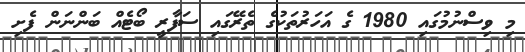
މި ވިސްނުމުގައި 1980 ގެ އަހަރުތަކުގެ ތެރޭގައި ސަފާރީ ބޯޓެއް ބަންނަން ފެށި